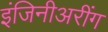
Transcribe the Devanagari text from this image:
इंजिनीअरींग